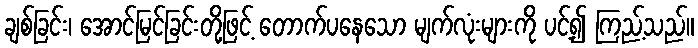
ချစ်ခြင်း၊ အောင်မြင်ခြင်းတို့ဖြင့် တောက်ပနေသော မျက်လုံးများကို ပင့်၍ ကြည့်သည်။